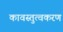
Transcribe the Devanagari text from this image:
कावस्तुत्वकरण